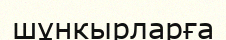
шұнкырларға